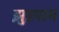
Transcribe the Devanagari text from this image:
झुडपान